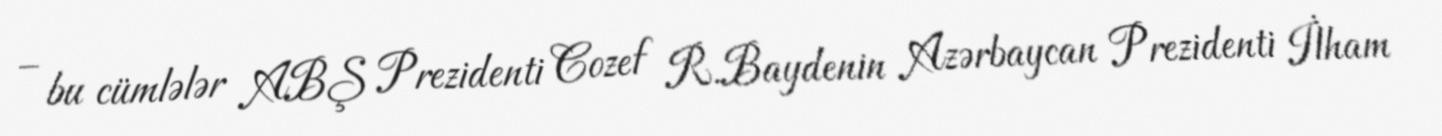
– bu cümlələr ABŞ Prezidenti Cozef R.Baydenin Azərbaycan Prezidenti İlham